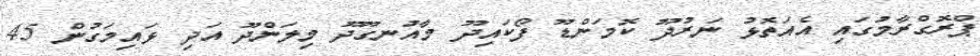
ޕްރޮގްރާމުގައި އެއަތޮޅު ނަރުދޫ ކޮމަންޑޫ ފޯކައިދޫ މާއުނގޫދޫ މިލަންދޫ އަދި ޅައިމަގުން 45